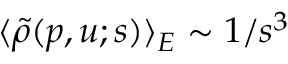
\langle \tilde { \rho } ( p , u ; s ) \rangle _ { E } \sim 1 / s ^ { 3 }